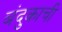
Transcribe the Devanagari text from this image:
बंदुकाची